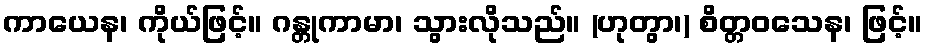
ကာယေန၊ ကိုယ်ဖြင့်။ ဂန္တုကာမာ၊ သွားလိုသည်။ (ဟုတွာ၊) စိတ္တဝသေန၊ ဖြင့်။